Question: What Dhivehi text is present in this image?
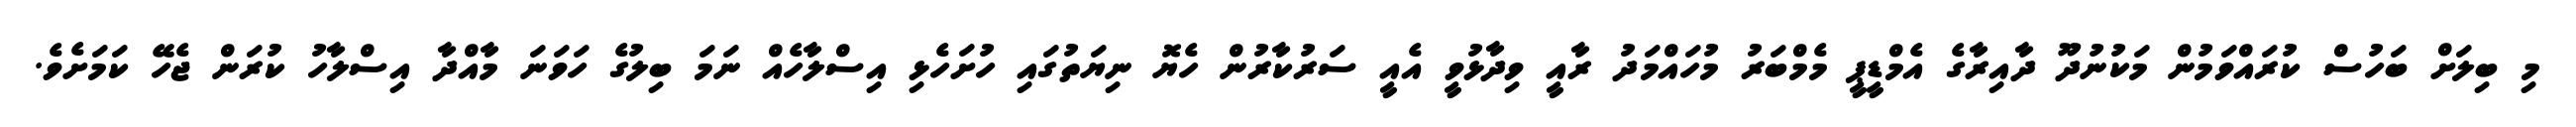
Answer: މި ބިލަށް ބަހުސް ކުރައްވަމުން މަކުނުދޫ ދާއިރާގެ އެމްޑީޕީ މެމްބަރު މުހައްމަދު ރާއީ ވިދާޅުވީ އެއީ ސަރުކާރުން ހެޔޮ ނިޔަތުގައި ހުށަހެޅި އިސްލާހެއް ނަމަ ބިލުގެ ހަވަނަ މާއްދާ އިސްލާހު ކުރަން ޖެހޭ ކަމަށެވެ.